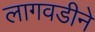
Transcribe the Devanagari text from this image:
लागवडीने